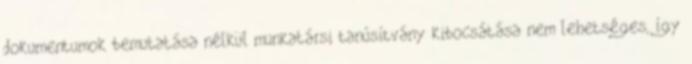
dokumentumok bemutatása nélkül munkatársi tanúsítvány kibocsátása nem lehetséges, így